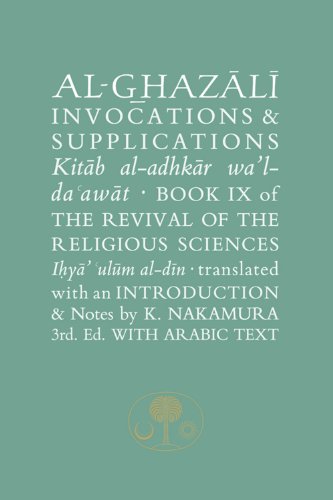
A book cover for Al-Ghazali on Invocations & Supplications: Book IX of the Revival of the Religious Sciences (Ghazali Series); Abu Hamid Muhammad Ghazali; Religion & Spirituality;